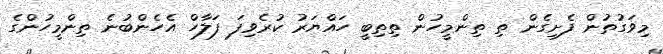
މިވަގުތުން ފެށިގެން ތި ތިންމީހުން ތިތިބީ ހައްޔަރު ކުރެވިފަ ފަލާހް އެހެންބުނެ ތިންމީހުންގެ